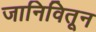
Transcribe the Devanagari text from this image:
जानिवितून